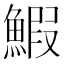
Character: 鰕